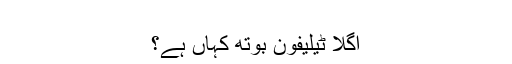
‬
‫اگلا ٹیلیفون بوتھ کہاں ہے؟